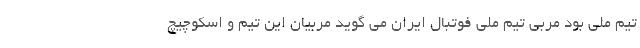
تیم ملی بود مربی تیم ملی فوتبال ایران می گوید مربیان این تیم و اسکوچیچ